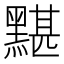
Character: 黮